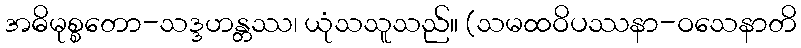
အဓိမုစ္စတော-သဒ္ဒဟန္တဿ၊ ယုံသသူသည်။ (သမထဝိပဿနာ-ဝသေနာတိ